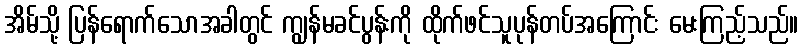
အိမ်သို့ ပြန်ရောက်သောအခါတွင် ကျွန်မခင်ပွန်းကို ထိုက်ဖင်သူပုန်တပ်အကြောင်း မေးကြည့်သည်။